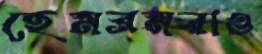
হেমব্রমরাও